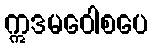
ဣဒမဝေါစပေ